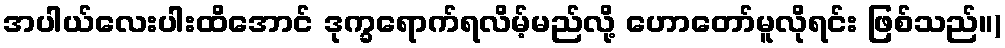
အပါယ်လေးပါးထိအောင် ဒုက္ခရောက်ရလိမ့်မည်လို့ ဟောတော်မူလိုရင်း ဖြစ်သည်။)